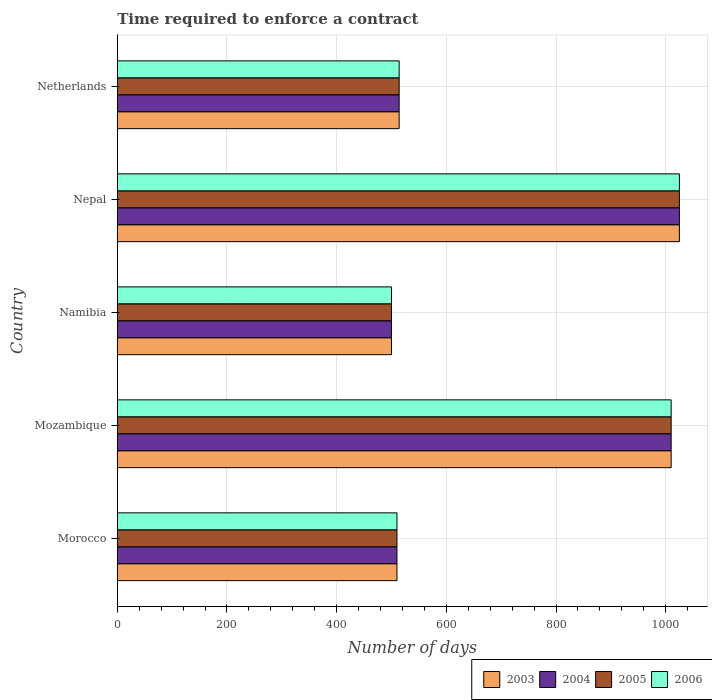
| Country | 2003 | 2004 | 2005 | 2006 |
 | --- | --- | --- | --- | --- |
 | Morocco | 510 | 510 | 510 | 510 |
 | Mozambique | 1.01e+03 | 1.01e+03 | 1.01e+03 | 1.01e+03 |
 | Namibia | 500 | 500 | 500 | 500 |
 | Nepal | 1.02e+03 | 1.02e+03 | 1.02e+03 | 1.02e+03 |
 | Netherlands | 514 | 514 | 514 | 514 |